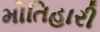
મોતિહારી